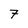
Character: 7